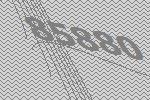
85880